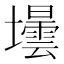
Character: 壜